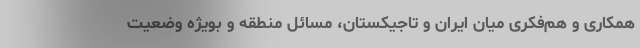
همکاری و هم‌فکری میان ایران و تاجیکستان، مسائل منطقه و بویژه وضعیت